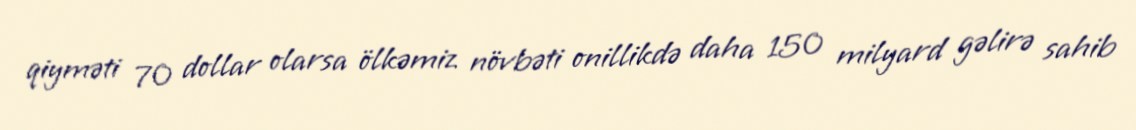
qiyməti 70 dollar olarsa ölkəmiz növbəti onillikdə daha 150 milyard gəlirə sahib